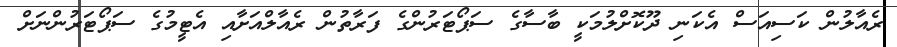
ރެއާލުން ކަސިއަސް އެކަނި ދޫކޮށްލުމަކީ ބާސާގެ ސަޕޯޓަރުންގެ ފަރާތުން ރެއާލްއަށާއި އެޓީމުގެ ސަޕޯޓަރުންނަށް